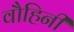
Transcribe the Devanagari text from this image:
वौहिनी